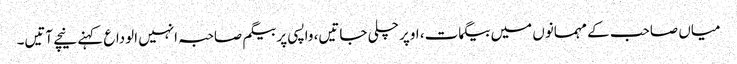
میاں صاحب کے مہمانوں میں بیگمات، اوپر چلی جاتیں، واپسی پر بیگم صاحبہ انہیں الوداع کہنے نیچے آتیں۔